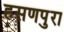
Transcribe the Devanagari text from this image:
हसणपुरा